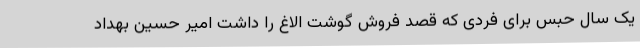
یک سال حبس برای فردی که قصد فروش گوشت الاغ را داشت امیر حسین بهداد